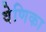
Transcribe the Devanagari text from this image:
वेणिका